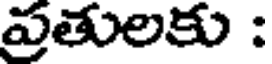
ప్రతులకు :